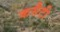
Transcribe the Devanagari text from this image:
कसैटी